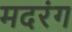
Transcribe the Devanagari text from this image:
मदरंग